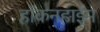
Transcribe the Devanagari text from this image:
हॉकनहाईम